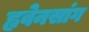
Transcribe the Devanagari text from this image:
ह्ववेनसांग